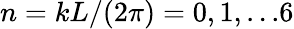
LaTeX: n=kL/(2\pi)=0,1,...6